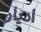
اديار